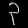
Digit: ၃